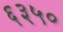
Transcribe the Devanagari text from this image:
६३५०